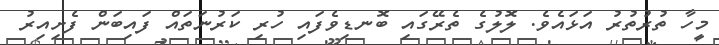
މީހާ ތުރުތުރު އަޅައެވެ. ލޮލުގެ ތެރޭގައި ބޮނޑިވެފައި ހުރި ކަރުނަތައް ފައިބަން ފެށިއިރު